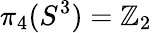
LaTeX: \pi_{4}(S^{3})=\mathbb{Z}_{2}